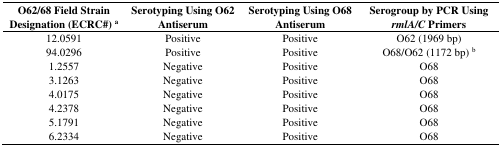
<table><thead><tr><td><b>O62/68 Field Strain Designation (ECRC#) <sup>a</sup></b></td><td><b>Serotyping Using O62 Antiserum</b></td><td><b>Serotyping Using O68 Antiserum</b></td><td><b>Serogroup by PCR Using <i>rmlA/C</i> Primers</b></td></tr></thead><tbody><tr><td>12.0591</td><td>Positive</td><td>Positive</td><td>O62 (1969 bp)</td></tr><tr><td>94.0296</td><td>Positive</td><td>Positive</td><td>O68/O62 (1172 bp) <sup>b</sup></td></tr><tr><td>1.2557</td><td>Negative</td><td>Positive</td><td>O68</td></tr><tr><td>3.1263</td><td>Negative</td><td>Positive</td><td>O68</td></tr><tr><td>4.0175</td><td>Negative</td><td>Positive</td><td>O68</td></tr><tr><td>4.2378</td><td>Negative</td><td>Positive</td><td>O68</td></tr><tr><td>5.1791</td><td>Negative</td><td>Positive</td><td>O68</td></tr><tr><td>6.2334</td><td>Negative</td><td>Positive</td><td>O68</td></tr></tbody></table>